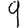
Digit: 9